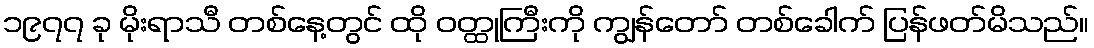
၁၉၇၇ ခု မိုးရာသီ တစ်နေ့တွင် ထို ဝတ္ထုကြီးကို ကျွန်တော် တစ်ခေါက် ပြန်ဖတ်မိသည်။